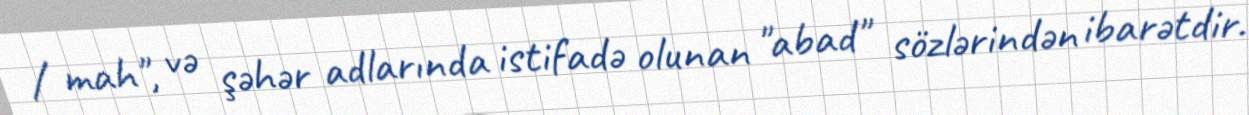
/ mah", və şəhər adlarında istifadə olunan "abad" sözlərindən ibarətdir.